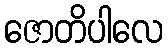
ဇောတိပါလေ